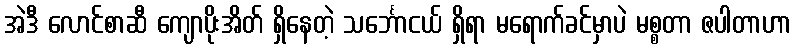
အဲဒီ လောင်စာဆီ ကျောပိုးအိတ် ရှိနေတဲ့ သင်္ဘောငယ် ရှိရာ မရောက်ခင်မှာပဲ မစ္စတာ ဇပါတာဟာ